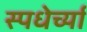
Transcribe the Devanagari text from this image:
स्पधेर्च्या